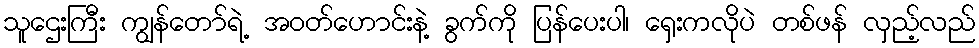
သူဌေးကြီး ကျွန်တော်ရဲ့ အဝတ်ဟောင်းနဲ့ ခွက်ကို ပြန်ပေးပါ၊ ရှေးကလိုပဲ တစ်ဖန် လှည့်လည်